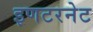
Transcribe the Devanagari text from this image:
इणटरनेट